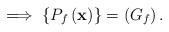
LaTeX: \begin{align*}\implies\left\{ P_{f}\left(\mathbf{x}\right)\right\} =\left(G_{f}\right).\end{align*}